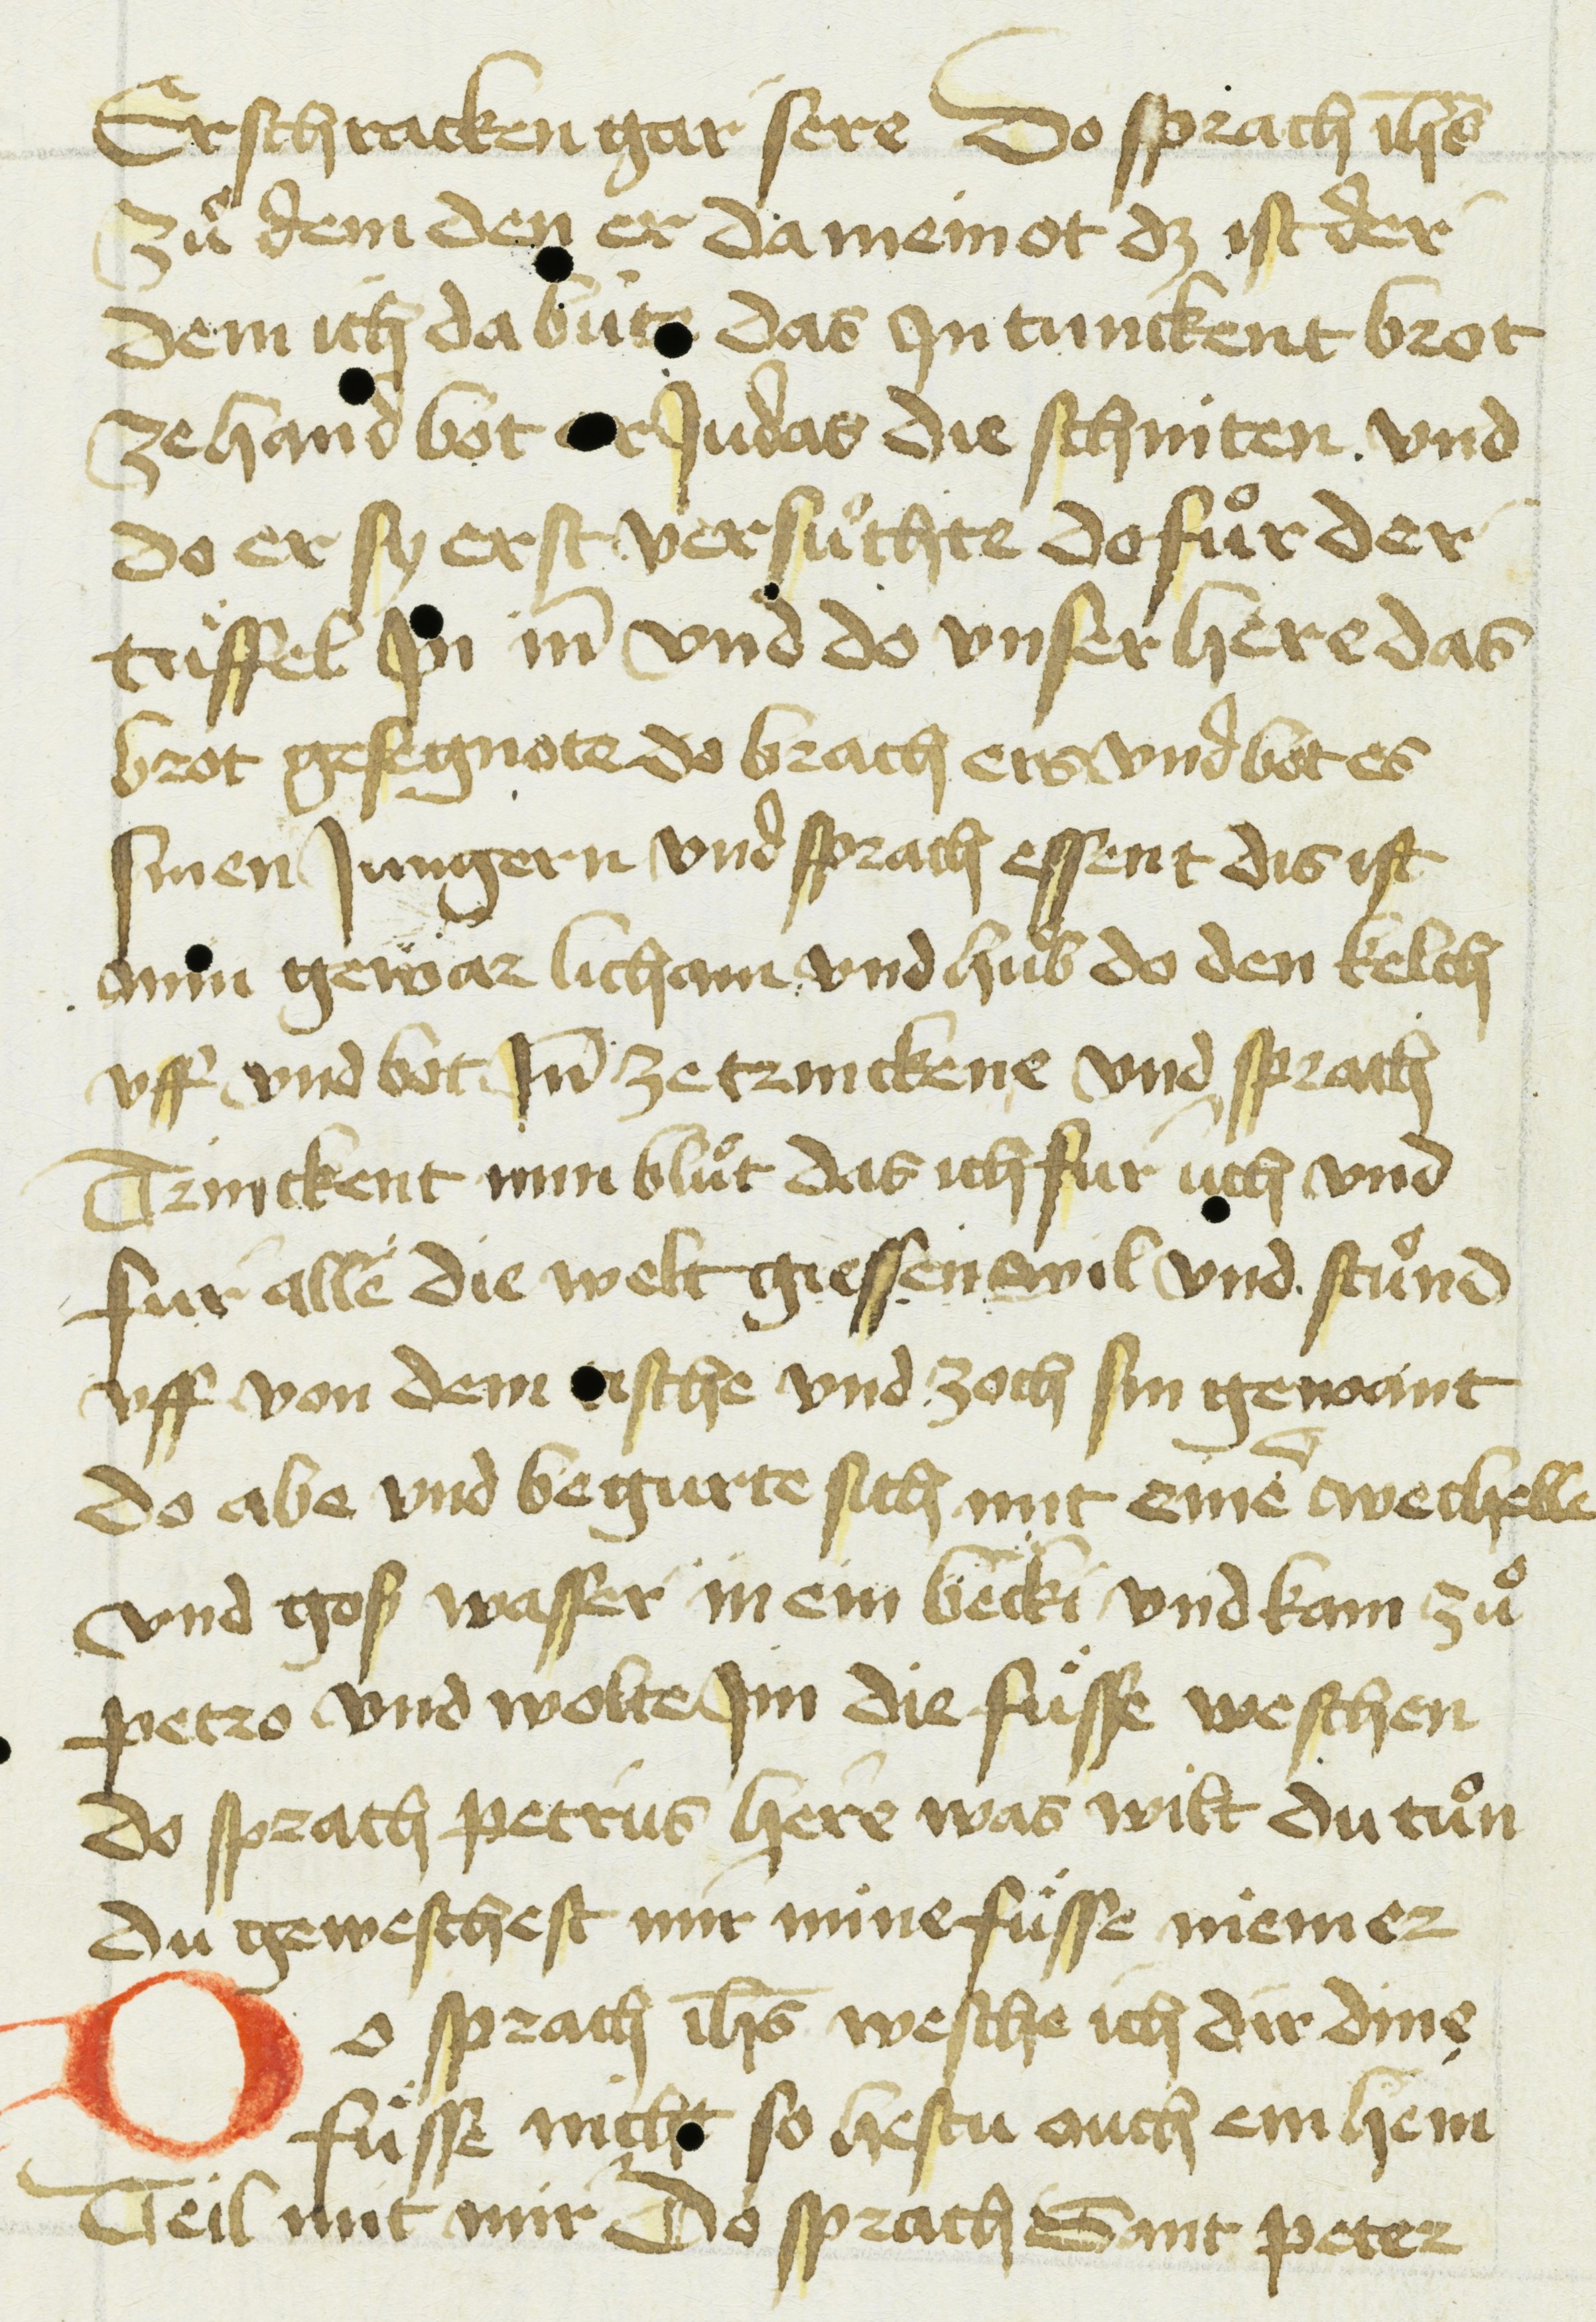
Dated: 1450–1499